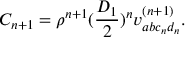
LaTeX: C _ { n + 1 } = \rho ^ { n + 1 } ( \frac { D _ { 1 } } { 2 } ) ^ { n } v _ { a b c _ { n } d _ { n } } ^ { ( n + 1 ) } .